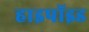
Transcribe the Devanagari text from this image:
हाइपॉइड